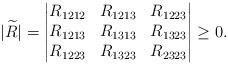
LaTeX: \begin{align*}|\widetilde{R}|=\begin{vmatrix}R_{1212} & R_{1213} & R_{1223}\\R_{1213} & R_{1313} & R_{1323}\\R_{1223} & R_{1323} & R_{2323}\end{vmatrix} \geq 0.\end{align*}